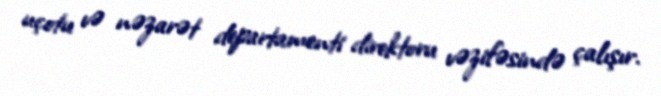
uçotu və nəzarət departamenti direktoru vəzifəsində çalışır.